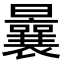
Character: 曩